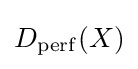
D_{\operatorname {perf} }(X)